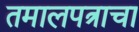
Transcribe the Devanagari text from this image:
तमालपत्राचा